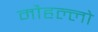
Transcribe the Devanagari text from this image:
मौहल्लो